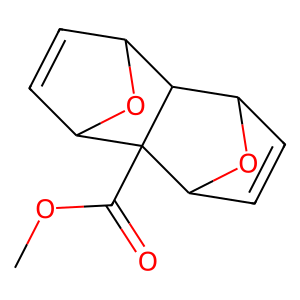
SMILES: COC(=O)C12C3C=CC(O3)C1C1C=CC2O1
Inhibits HIV replication: No